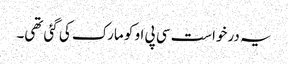
یہ درخواست سی پی او کو مارک کی گئی تھی۔